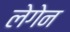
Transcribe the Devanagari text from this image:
लेगेन